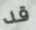
قد